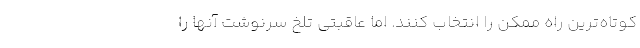
کوتاه‌ترين راه ممکن را انتخاب کنند. اما عاقبتي تلخ سرنوشت آنها را